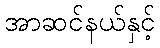
အာဆင်နယ်နှင့်